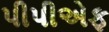
પીપીએફ